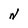
Character: N